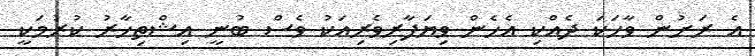
އެ ރަށުން ވާހަކަ ދެއްކި އެހެން ވިޔަފާރިވެރިއަކު ވެސް ބުނީ އިޝްތިހާރު ކުރުމަކީ